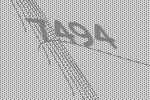
7494